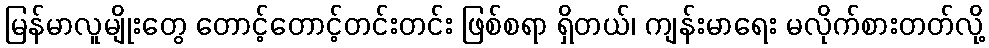
မြန်မာလူမျိုးတွေ တောင့်တောင့်တင်းတင်း ဖြစ်စရာ ရှိတယ်၊ ကျန်းမာရေး မလိုက်စားတတ်လို့